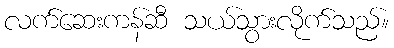
လက်ဆေးကန်ဆီ သယ်သွားလိုက်သည်။